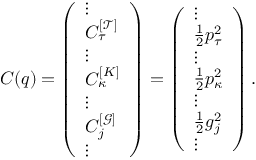
C ( q ) = \left( \begin{array} { l } { \vdots } \\ { C _ { \tau } ^ { [ \mathcal { T } ] } } \\ { \vdots } \\ { C _ { \kappa } ^ { [ K ] } } \\ { \vdots } \\ { C _ { j } ^ { [ \mathcal { G } ] } } \\ { \vdots } \end{array} \right) = \left( \begin{array} { l } { \vdots } \\ { \frac { 1 } { 2 } p _ { \tau } ^ { 2 } } \\ { \vdots } \\ { \frac { 1 } { 2 } p _ { \kappa } ^ { 2 } } \\ { \vdots } \\ { \frac { 1 } { 2 } g _ { j } ^ { 2 } } \\ { \vdots } \end{array} \right) .